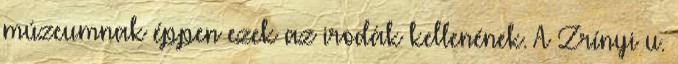
múzeumnak éppen ezek az irodák kellenének. A Zrínyi u.